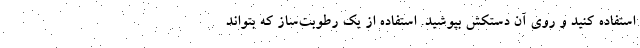
استفاده کنید و روی آن دستکش بپوشید. استفاده از یک رطوبت‌ساز که بتواند